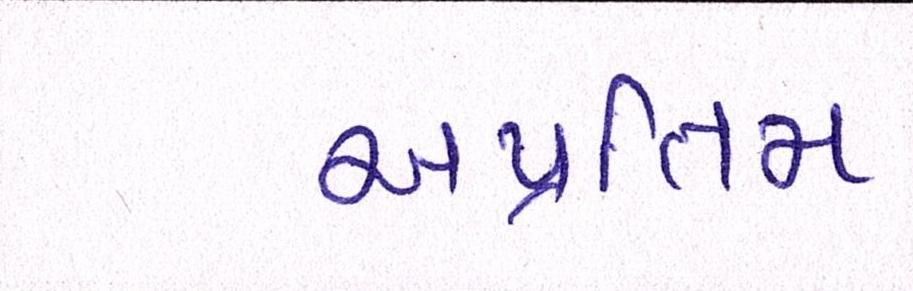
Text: અપ્રતિમ